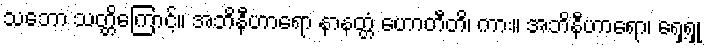
သဘော သတ္တိကြောင့်။ အဘိနီဟာရော နာနတ္တံ ဟောတီတိ၊ ကား။ အဘိနီဟာရော၊ ရှေ့ရှု